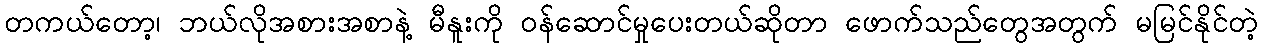
တကယ်တော့၊ ဘယ်လိုအစားအစာနဲ့ မီနူးကို ဝန်ဆောင်မှုပေးတယ်ဆိုတာ ဖောက်သည်တွေအတွက် မမြင်နိုင်တဲ့